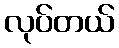
လုပ်တယ်